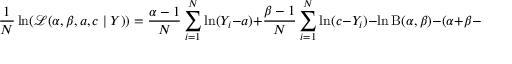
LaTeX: { \frac { 1 } { N } } \ln ( { \mathcal { L } } ( \alpha , \beta , a , c \mid Y ) ) = { \frac { \alpha - 1 } { N } } \sum _ { i = 1 } ^ { N } \ln ( Y _ { i } - a ) + { \frac { \beta - 1 } { N } } \sum _ { i = 1 } ^ { N } \ln ( c - Y _ { i } ) - \ln \mathrm { B } ( \alpha , \beta ) - ( \alpha + \beta - 1 ) \ln ( c - a )